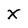
Character: x